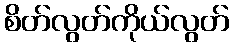
စိတ်လွတ်ကိုယ်လွတ်